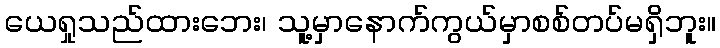
ယေရှုသည်ထားဘေး၊ သူ့မှာနောက်ကွယ်မှာစစ်တပ်မရှိဘူး။